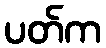
ပတ်က